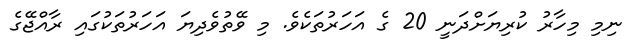
ނިމި މިހާރު ކުރިޔަށްދަނީ 20 ގެ އަހަރުތަކެވެ. މި ވޭތުވެދިޔަ އަހަރުތަކުގައި ރާއްޖޭގެ